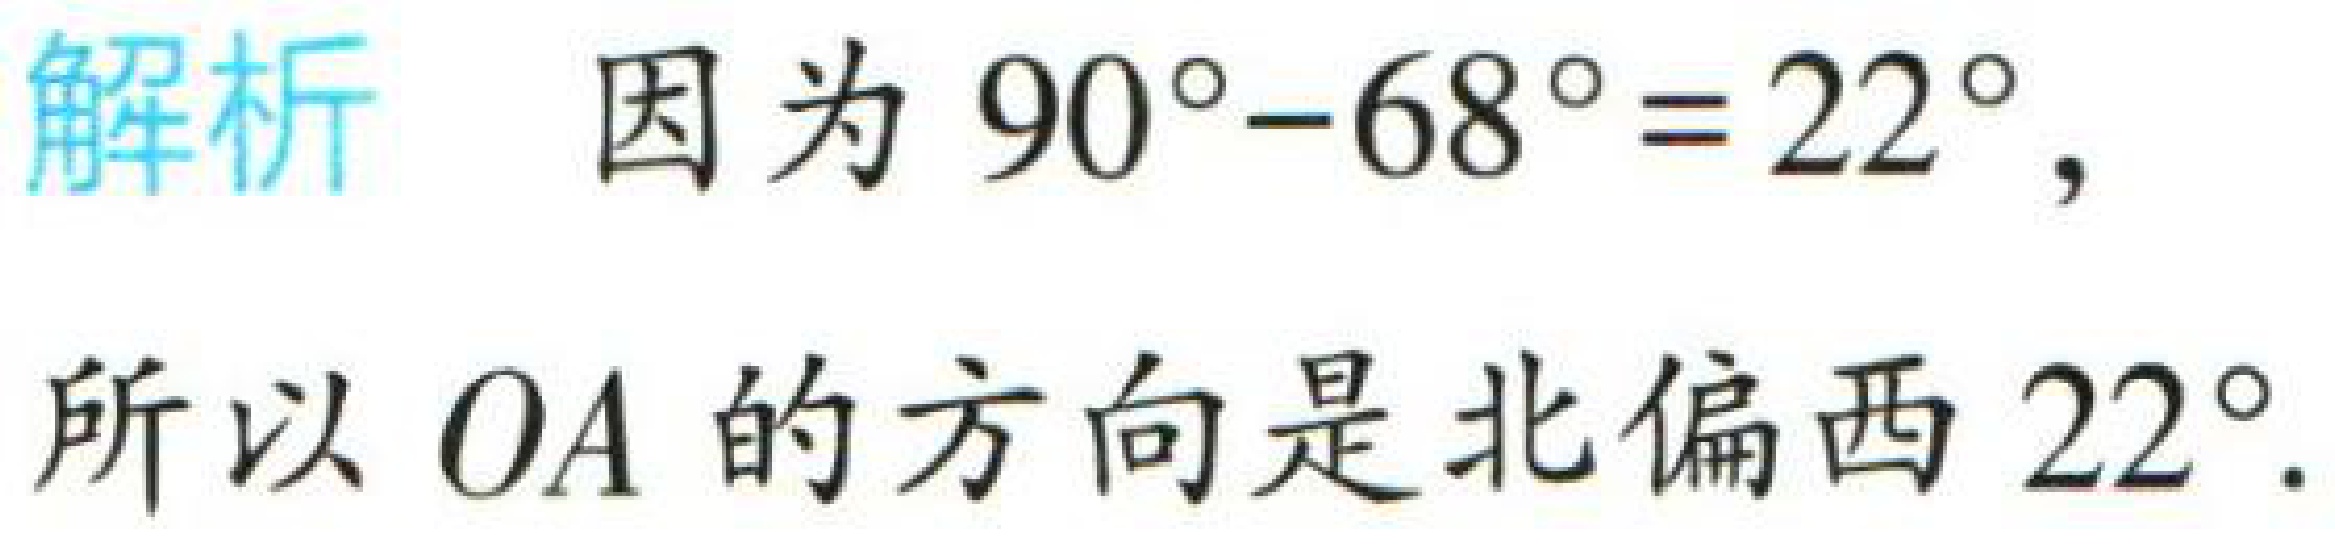
解析 因为 \(90^{\circ}-68^{\circ}=22^{\circ}\)，

所以 \(OA\) 的方向是北偏西 \(22^{\circ}\).